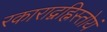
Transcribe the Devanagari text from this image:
रकाराद्वह्निस्तोयं